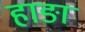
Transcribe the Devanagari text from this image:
हाङा